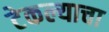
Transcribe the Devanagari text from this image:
टेकल्याचा